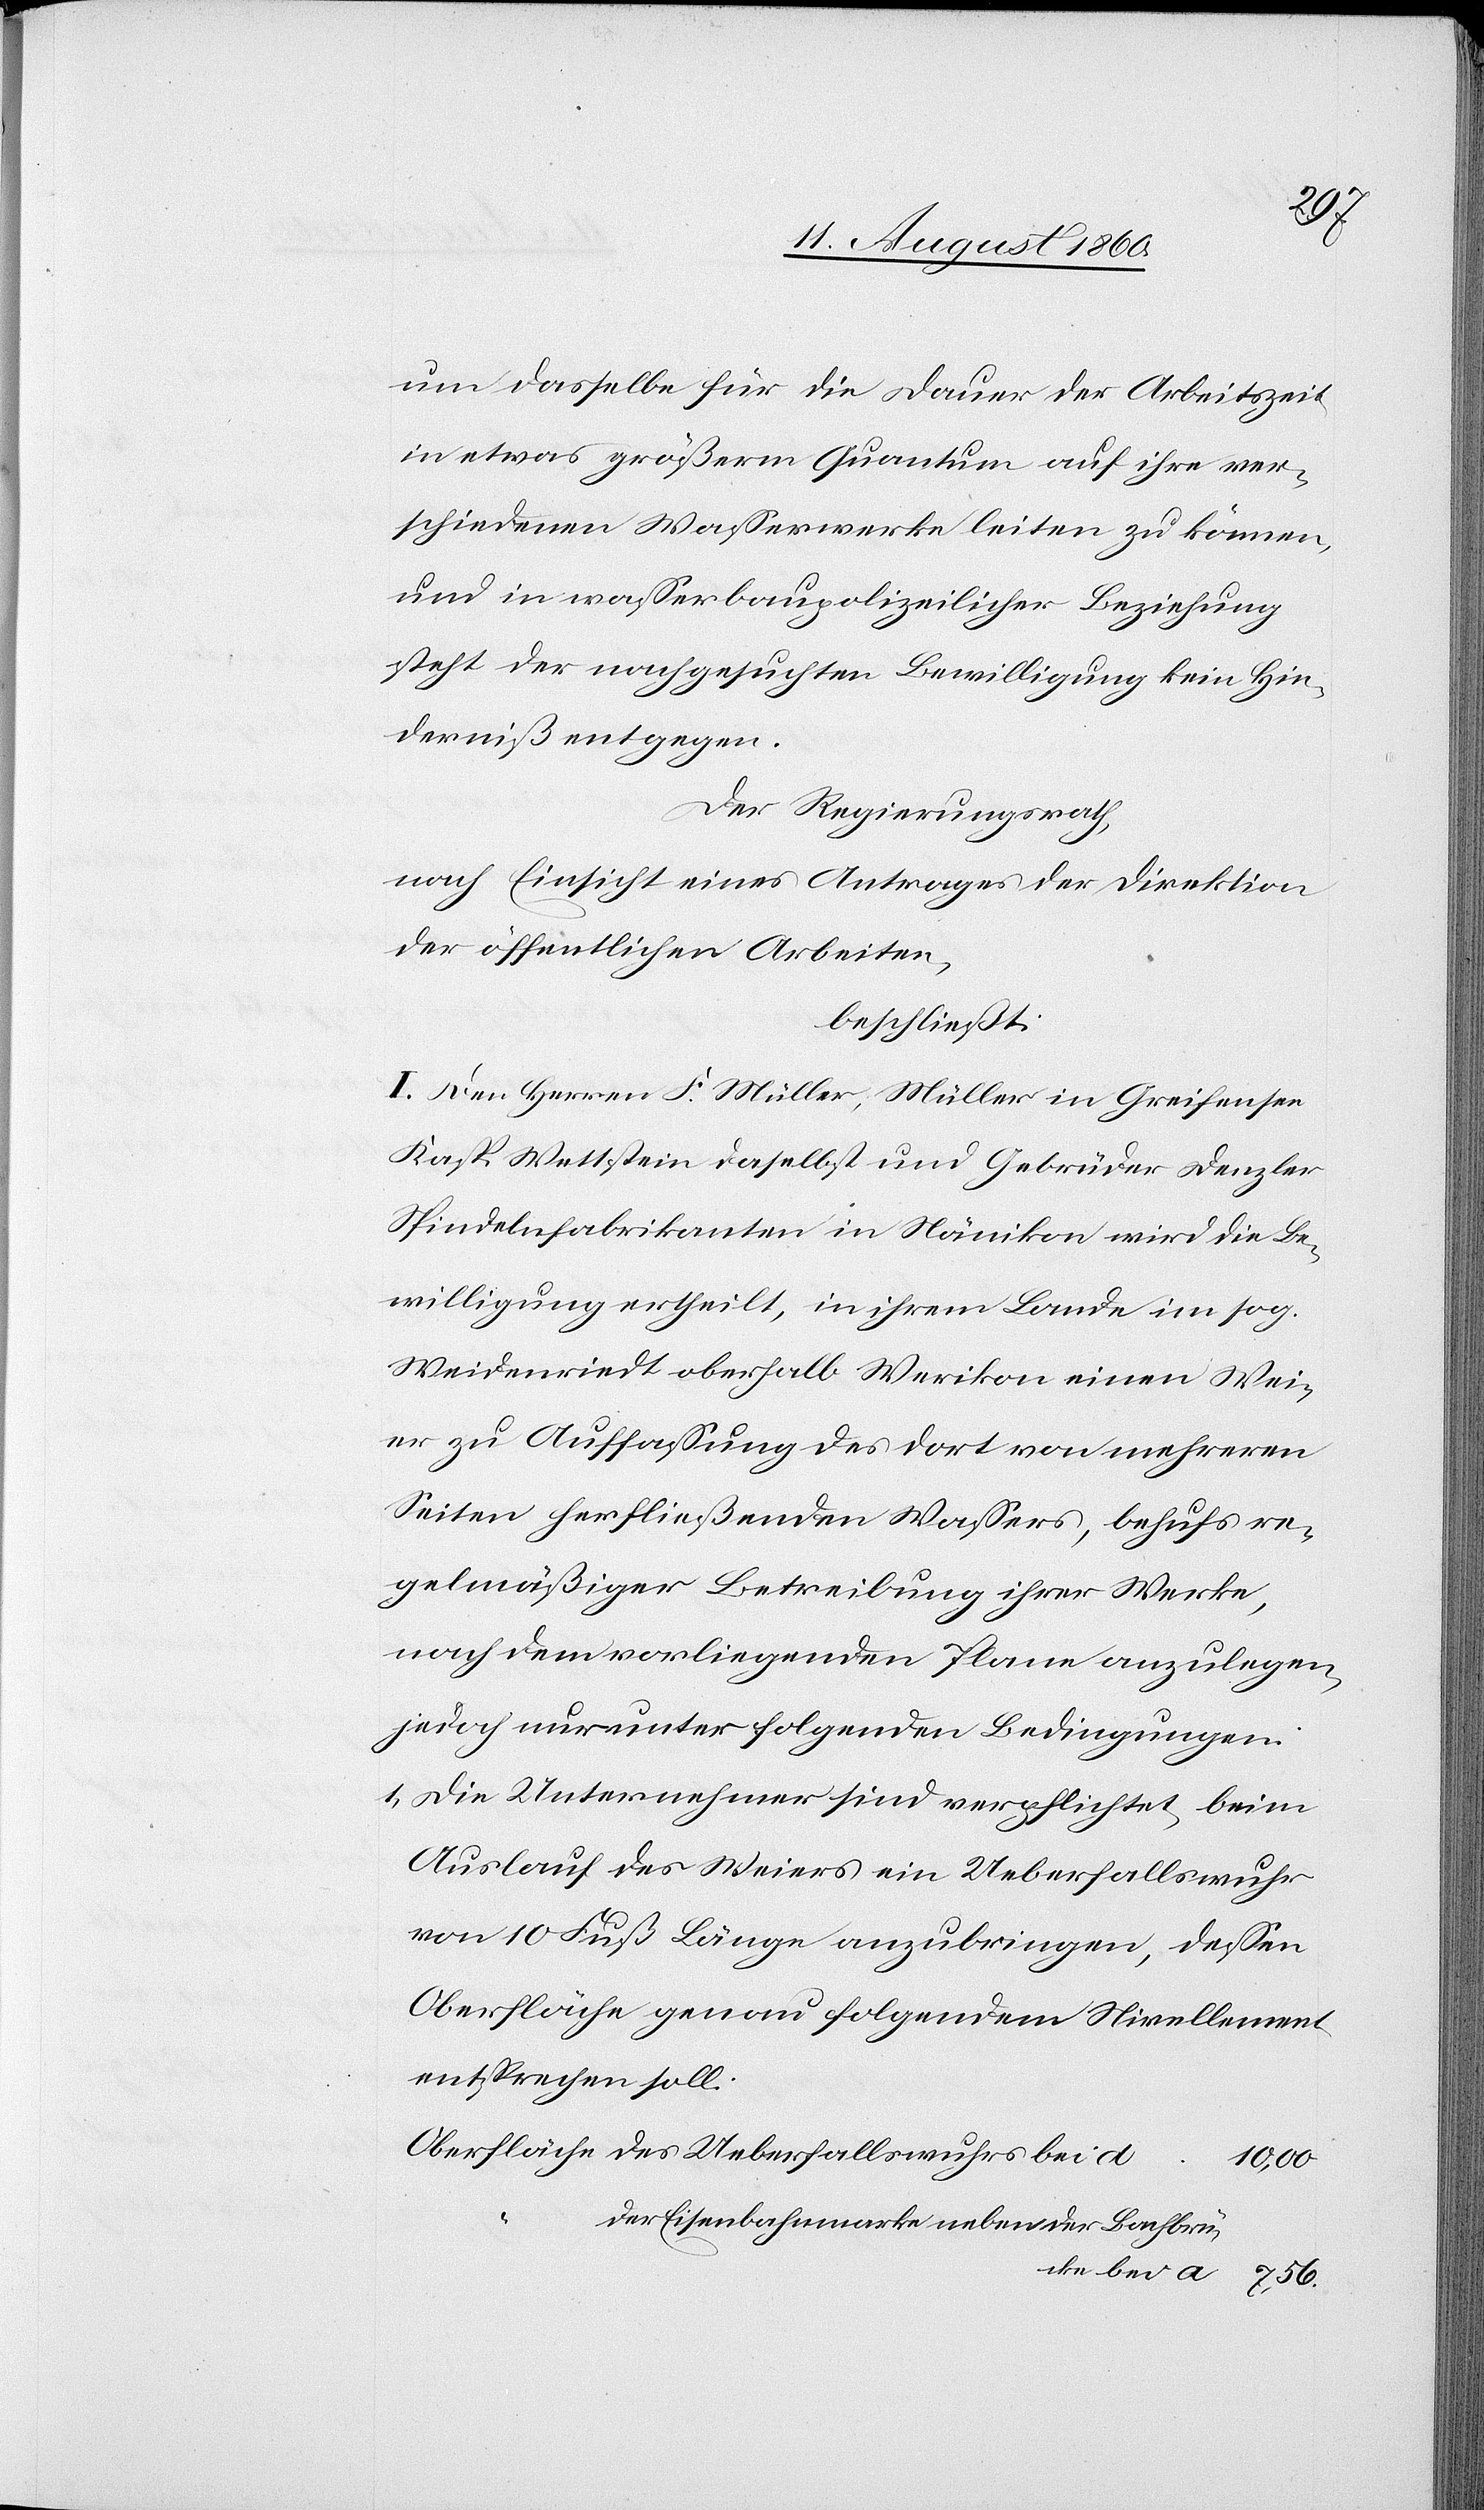
um dasselbe für die Dauer der Arbeitszeit
in etwas grösserm Quantum auf ihre ver¬
schiedenen Wasserwerke leiten zu können,
u. in wasserbaupolizeilicher Beziehung
steht der nachgesuchten Bewilligung kein Hin¬
derniss entgegen.
Der Regierungsrath,
nach Einsicht eines Antrages der Direktion
der öffentlichen Arbeiten,
beschliesst:
I. Den Herren F. Müller, Müller von Greifensee,
Kasp. Wettstein daselbst und Gebrüder Denzler,
Spindelnfabrikanten in Nänikon wird die Be¬
willigung ertheilt, in ihrem Lande im s. g.
Weidenriedt oberhalb Werikon einen Wey¬
er zu Auffassung des dort von mehreren
Seiten herfliessenden Wassers, behufs re¬
gelmässiger Betreibung ihrer Werke,
nach dem vorliegenden Plane anzulegen,
jedoch nur unter folgenden Bedingungen:
1) Die Unternehmer sind verpflichtet, beim
Auslauf des Weyers ein Ueberfallswuhr
von 10 Fuss Länge anzubringen, dessen
Oberfläche genau folgendem Nivellement
entsprechen soll:
10,00.
der Eisenbahnmarke neben der Bachbrücke